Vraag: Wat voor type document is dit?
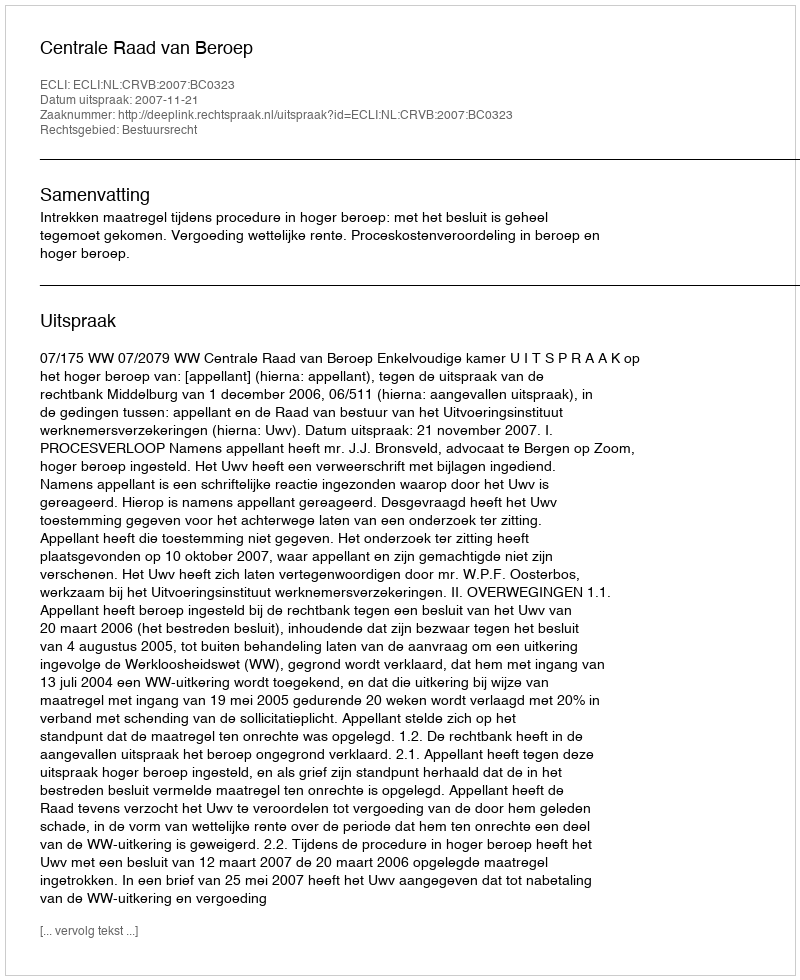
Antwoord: Uitspraak